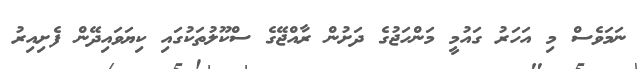
ނަމަވެސް މި އަހަރު ގައުމީ މަންހަޖުގެ ދަށުން ރާއްޖޭގެ ސްކޫލުތަކުގައި ކިޔަވައިދޭން ފެށިއިރު